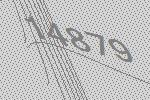
14879